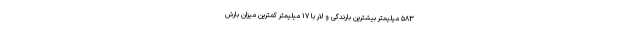
۵۸۳ میلیمتر بیشترین بارندگی و لار با ۱۷ میلیمتر کمترین میزان بارش